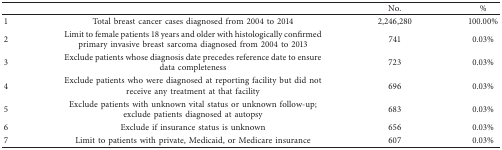
|  |  | No. | % |
 | --- | --- | --- | --- |
 | 1 | Total breast cancer cases diagnosed from 2004 to 2014 | 2,246,280 | 100.00% |
 | 2 | Limit to female patients 18 years and older with histologically confirmed primary invasive breast sarcoma diagnosed from 2004 to 2013 | 741 | 0.03% |
 | 3 | Exclude patients whose diagnosis date precedes reference date to ensure data completeness | 723 | 0.03% |
 | 4 | Exclude patients who were diagnosed at reporting facility but did not receive any treatment at that facility | 696 | 0.03% |
 | 5 | Exclude patients with unknown vital status or unknown follow-up; exclude patients diagnosed at autopsy | 683 | 0.03% |
 | 6 | Exclude if insurance status is unknown | 656 | 0.03% |
 | 7 | Limit to patients with private, Medicaid, or Medicare insurance | 607 | 0.03% |